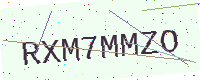
Text: RXM7MMZO